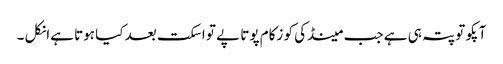
آپکو تو پتہ ہی ہے جب مینڈکی کو زکام پوتا پے تو اسکت بعد کیا ہوتا ہےانکل ۔